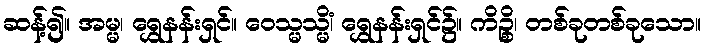
ဆန့်၍။ အမ္မ၊ ရွှေနန်းရှင်။ ဝေသ္မသ္မိံ၊ ရွှေနန်းရှင်၌။ ကိဉ္စိ၊ တစ်ခုတစ်ခုသော။